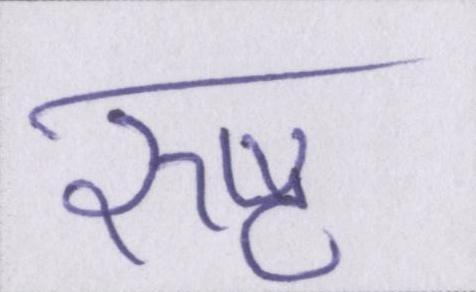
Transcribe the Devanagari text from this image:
रुष्ट